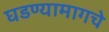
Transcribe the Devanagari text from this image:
घडण्यामागचे